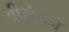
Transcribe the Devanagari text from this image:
वीरोचन